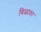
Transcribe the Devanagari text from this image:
बिळावर